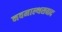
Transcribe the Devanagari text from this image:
नवमाल्थसवाद